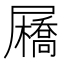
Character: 𡳯